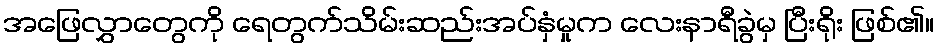
အဖြေလွှာတွေကို ရေတွက်သိမ်းဆည်းအပ်နှံမှုက လေးနာရီခွဲမှ ပြီးရိုး ဖြစ်၏။